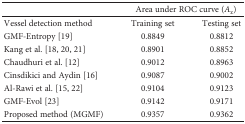
<table><thead><tr><td></td><td colspan="2"><b>Area under ROC curve (<i>A</i><sub>z</sub>)</b></td></tr></thead><tbody><tr><td>Vessel detection method</td><td>Training set</td><td>Testing set</td></tr><tr><td>GMF-Entropy [19]</td><td>0.8849</td><td>0.8812</td></tr><tr><td>Kang et al. [18, 20, 21]</td><td>0.8901</td><td>0.8852</td></tr><tr><td>Chaudhuri et al. [12]</td><td>0.9012</td><td>0.8963</td></tr><tr><td>Cinsdikici and Aydin [16]</td><td>0.9087</td><td>0.9002</td></tr><tr><td>Al-Rawi et al. [15, 22]</td><td>0.9104</td><td>0.9123</td></tr><tr><td>GMF-Evol [23]</td><td>0.9142</td><td>0.9171</td></tr><tr><td>Proposed method (MGMF)</td><td>0.9357</td><td>0.9362</td></tr></tbody></table>